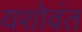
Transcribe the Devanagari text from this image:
यशोवंत